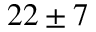
2 2 \pm 7